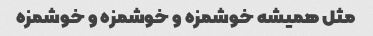
مثل همیشه خوشمزه و خوشمزه و خوشمزه